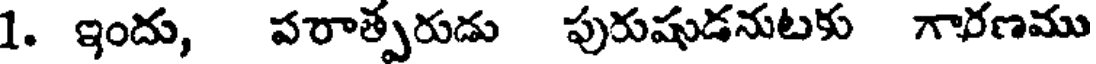
1. ఇందు, పరాత్పరుడు పురుషుడనుటకు గారణము